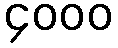
၄၀၀၀